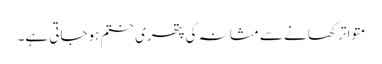
متواتر کھانے سے مثانہ کی پتھری ختم ہوجاتی ہے۔